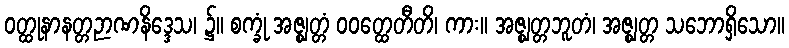
ဝတ္ထုနာနတ္တဉာဏနိဒ္ဒေသ၊ ၌။ စက္ခုံ အဇ္ဈတ္တံ ဝဝတ္ထေတီတိ၊ ကား။ အဇ္ဈတ္တဘူတံ၊ အဇ္ဈတ္တ သဘောရှိသော။